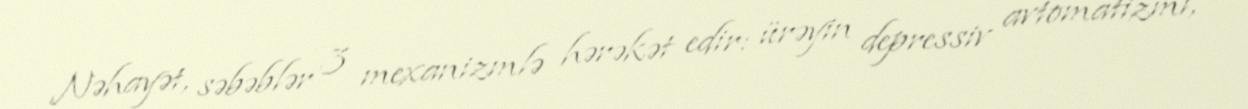
Nəhayət, səbəblər 3 mexanizmlə hərəkət edir: ürəyin depressiv avtomatizmi,